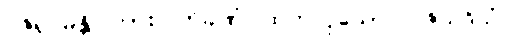
ဝဇိရုပမန္တိ၊ ကား။ တိခဏံ၊ ထက်လှသော။ ဝဇိသဒိသံ၊